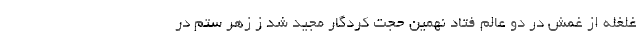
غلغله از غمش در دو عالم فتاد نهمین حجت کردگار مجید شد ز زهر ستم در